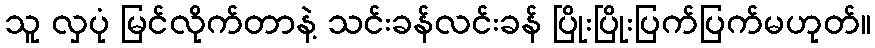
သူ လှပုံ မြင်လိုက်တာနဲ့ သင်းခန်လင်းခန် ပြိုးပြိုးပြက်ပြက်မဟုတ်။